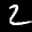
Label: 2